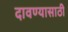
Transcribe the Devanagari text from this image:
दावण्यासाठी